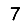
Digit: 7